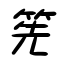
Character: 筅